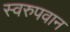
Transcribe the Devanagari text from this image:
स्वरुपवान